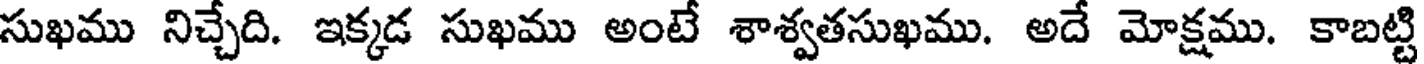
సుఖము నిచ్చేది. ఇక్కడ సుఖము అంటే శాశ్వతసుఖము. అదే మోక్షము. కాబట్టి